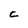
Character: C